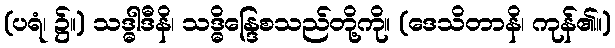
(ပရံ၊ ၌။) သဒ္ဓါဒီနိ၊ သဒ္ဓိန္ဒြေစသည်တို့ကို။ (ဒေသိတာနိ၊ ကုန်၏။)